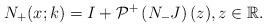
LaTeX: \begin{align*}N_+ (x;k)=I+ \mathcal{P}^+\left(N_- J \right)(z), z \in \mathbb{R}.\end{align*}